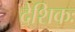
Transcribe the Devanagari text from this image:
देशिकः